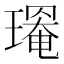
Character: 𤩃